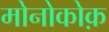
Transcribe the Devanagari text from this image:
मोनोकोक़